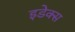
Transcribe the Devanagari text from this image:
इडेक्स